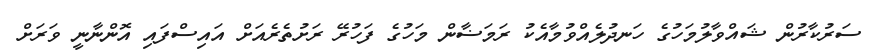
ސަރުކާރުން ޝައްވާލުމަހުގެ ހަނދުލެއްވުމާއެކު ރަމަޟާން މަހުގެ ފަހުރޭ ރަށުތެރެއަށް އައިސްފައި އޮންނާނީ ވަރަށް